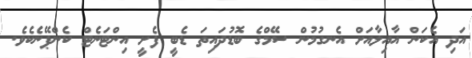
އަދި އެކަން އާއިލާއަށް އެނގުމުން ސޭމްގެ ބޮޑުދައިތަ ޑެބީ ފެށީ އިންޓަނެޓް ކެންޕޭނެކެވެ.